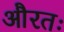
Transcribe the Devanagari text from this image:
औरतः